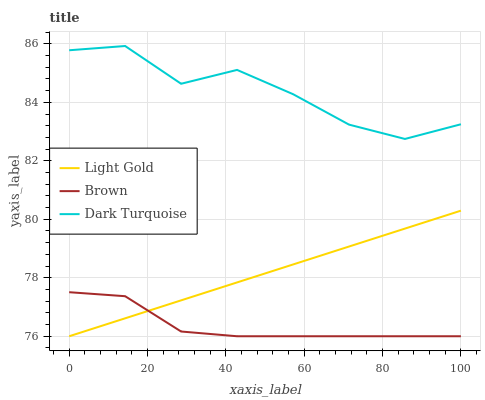
| xaxis_label | Light Gold | Brown | Dark Turquoise |
 | --- | --- | --- | --- |
 | 0 | 76 | 77.5 | 85.8 |
 | 14.3 | 76.6 | 77.4 | 85.9 |
 | 28.6 | 77.2 | 76.2 | 84.6 |
 | 42.9 | 77.8 | 76 | 85.1 |
 | 57.1 | 78.5 | 76 | 84.3 |
 | 71.4 | 79.1 | 76 | 83.2 |
 | 85.7 | 79.7 | 76 | 82.7 |
 | 100 | 80.3 | 76 | 83.2 |